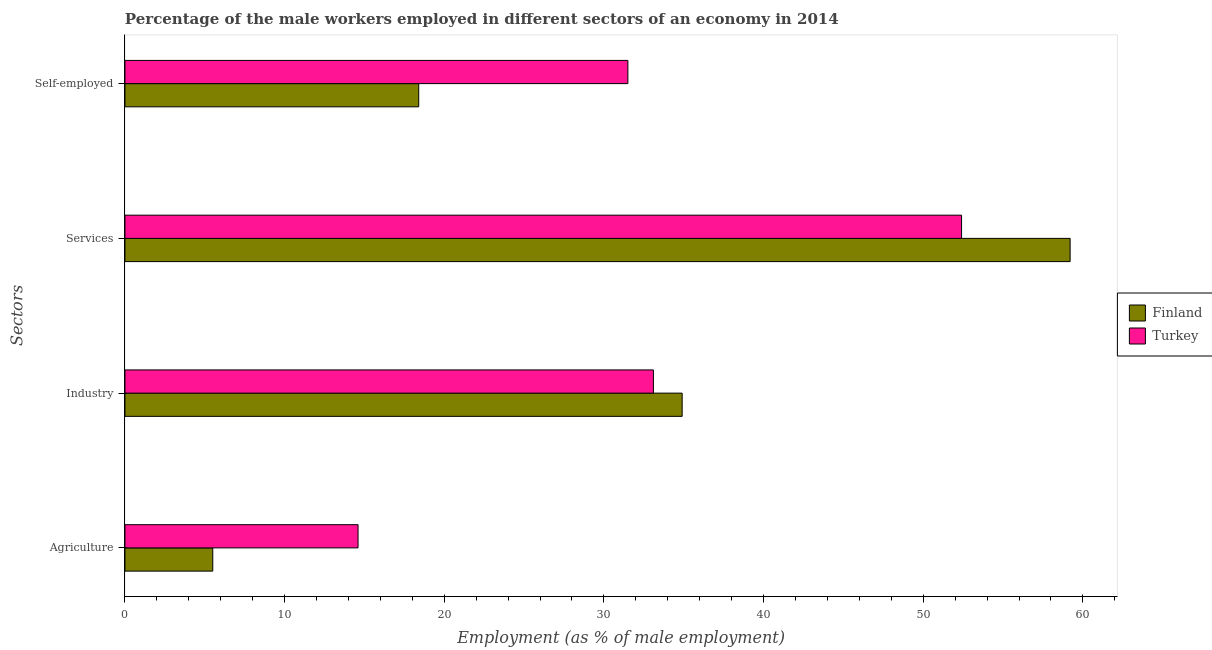
| Sectors | Finland | Turkey |
 | --- | --- | --- |
 | Agriculture | 5.5 | 14.6 |
 | Industry | 34.9 | 33.1 |
 | Services | 59.2 | 52.4 |
 | Self-employed | 18.4 | 31.5 |